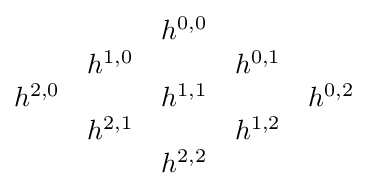
{\begin{matrix}&&h^{0,0}&&\\&h^{1,0}&&h^{0,1}&\\h^{2,0}&&h^{1,1}&&h^{0,2}\\&h^{2,1}&&h^{1,2}&\\&&h^{2,2}&&\\\end{matrix}}